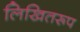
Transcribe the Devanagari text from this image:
लिखितरूप